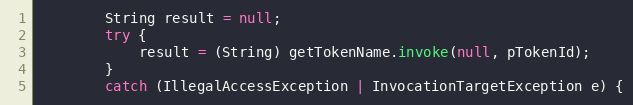
Language: Java
        String result = null;
        try {
            result = (String) getTokenName.invoke(null, pTokenId);
        }
        catch (IllegalAccessException | InvocationTargetException e) {